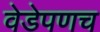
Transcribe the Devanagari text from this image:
वेडेपणच